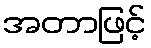
အတာဖြင့်